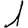
Digit: 1